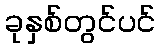
ခုနှစ်တွင်ပင်